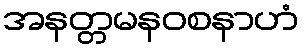
အနတ္တမနဝစနာဟံ